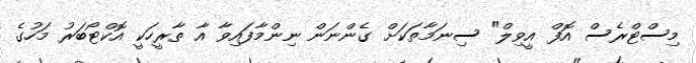
މިސްޓްރެސް އޮފް އީވިލް" ސިނަމާތަކަށް ގެންނަން ނިންމާފައިވާ އާ ތާރީހަކީ އޮކްޓޯބަރު މަހުގެ